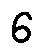
6